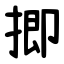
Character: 揤